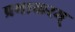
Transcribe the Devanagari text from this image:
प्रभाकरम्